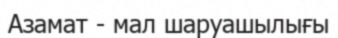
Азамат - мал шаруашылығы